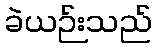
ခဲယဉ်းသည်